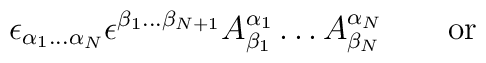
\epsilon_{\alpha_1 \ldots \alpha_N} \epsilon^{\beta_1 \ldots \beta_{N+1}}    A^{\alpha_1}_{\beta_1} \ldots A^{\alpha_N}_{\beta_N}      \qquad \hbox{or} \qquad